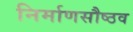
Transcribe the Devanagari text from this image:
निर्माणसौष्ठव